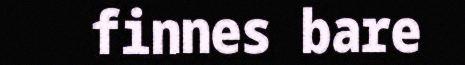
finnes bare